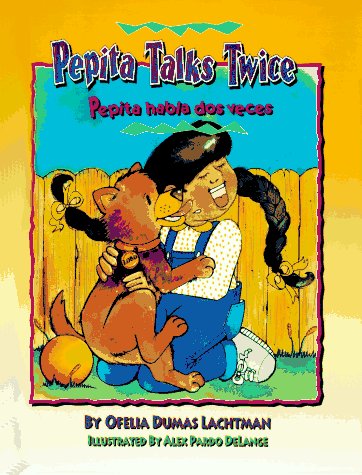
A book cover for Pepita Talks Twice/Pepita Habla DOS Veces; Ofelia Dumas Lachtman; Literature & Fiction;